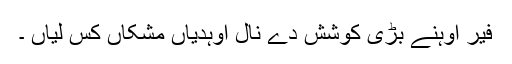
فیر اوہنے بڑی کوشش دے نال اوہدیاں مشکاں کس لیاں ۔